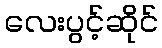
လေးပွင့်ဆိုင်